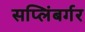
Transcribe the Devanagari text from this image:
सप्लिंबर्गर